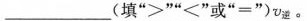
___(填“>”“<”或“=”)v_{逆}。